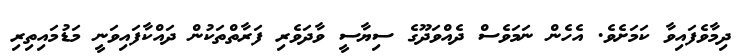
ދިމާވެފައިވާ ކަމަށެވެ. އެހެން ނަމަވެސް ދެއްވަދޫގެ ސިޔާސީ ވާދަވެރި ފަރާތްތަކުން ދައްކާފައިވަނީ މަޑުމައިތިރި